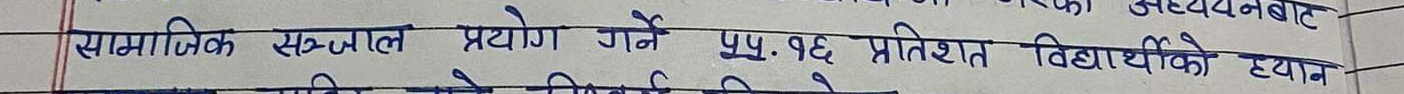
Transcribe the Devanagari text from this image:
सामाजिक सन्जाल प्रयोग गर्ने ५५.१६ प्रतिशत विद्यार्थीको हटान